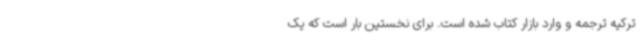
ترکیه ترجمه و وارد بازار کتاب شده است. برای نخستین بار است که یک